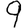
Digit: 9